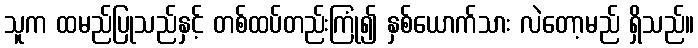
သူက ထမည်ပြုသည်နှင့် တစ်ထပ်တည်းကြုံ၍ နှစ်ယောက်သား လဲတော့မည် ရှိသည်။